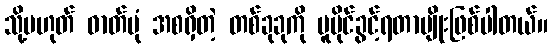
သို့မဟုတ် ဓာတ်ပုံ အစရှိတဲ့ တစ်ခုခုကို မူပိုင်ခွင့်ရတာမျိုးဖြစ်ပါတယ်။